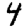
Digit: 4